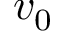
v _ { 0 }